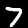
Digit: 7